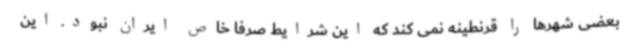
بعضی شهرها را قرنطینه نمی کند که این شرایط صرفا خاص ایران نبود. این